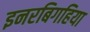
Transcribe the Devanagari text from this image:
इनरबिगहिया